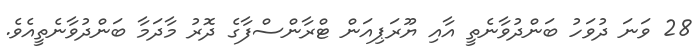
28 ވަނަ ދުވަހު ބަންދުވާނެތީ އާއި ޔޫރަޕިއަން ޓްރާންސްފާގެ ދޮރު މާދަމާ ބަންދުވާނެތީއެވެ.